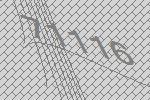
71116